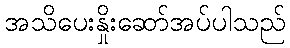
အသိပေးနှိုးဆော်အပ်ပါသည်